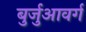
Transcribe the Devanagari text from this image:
बुर्जुआवर्ग